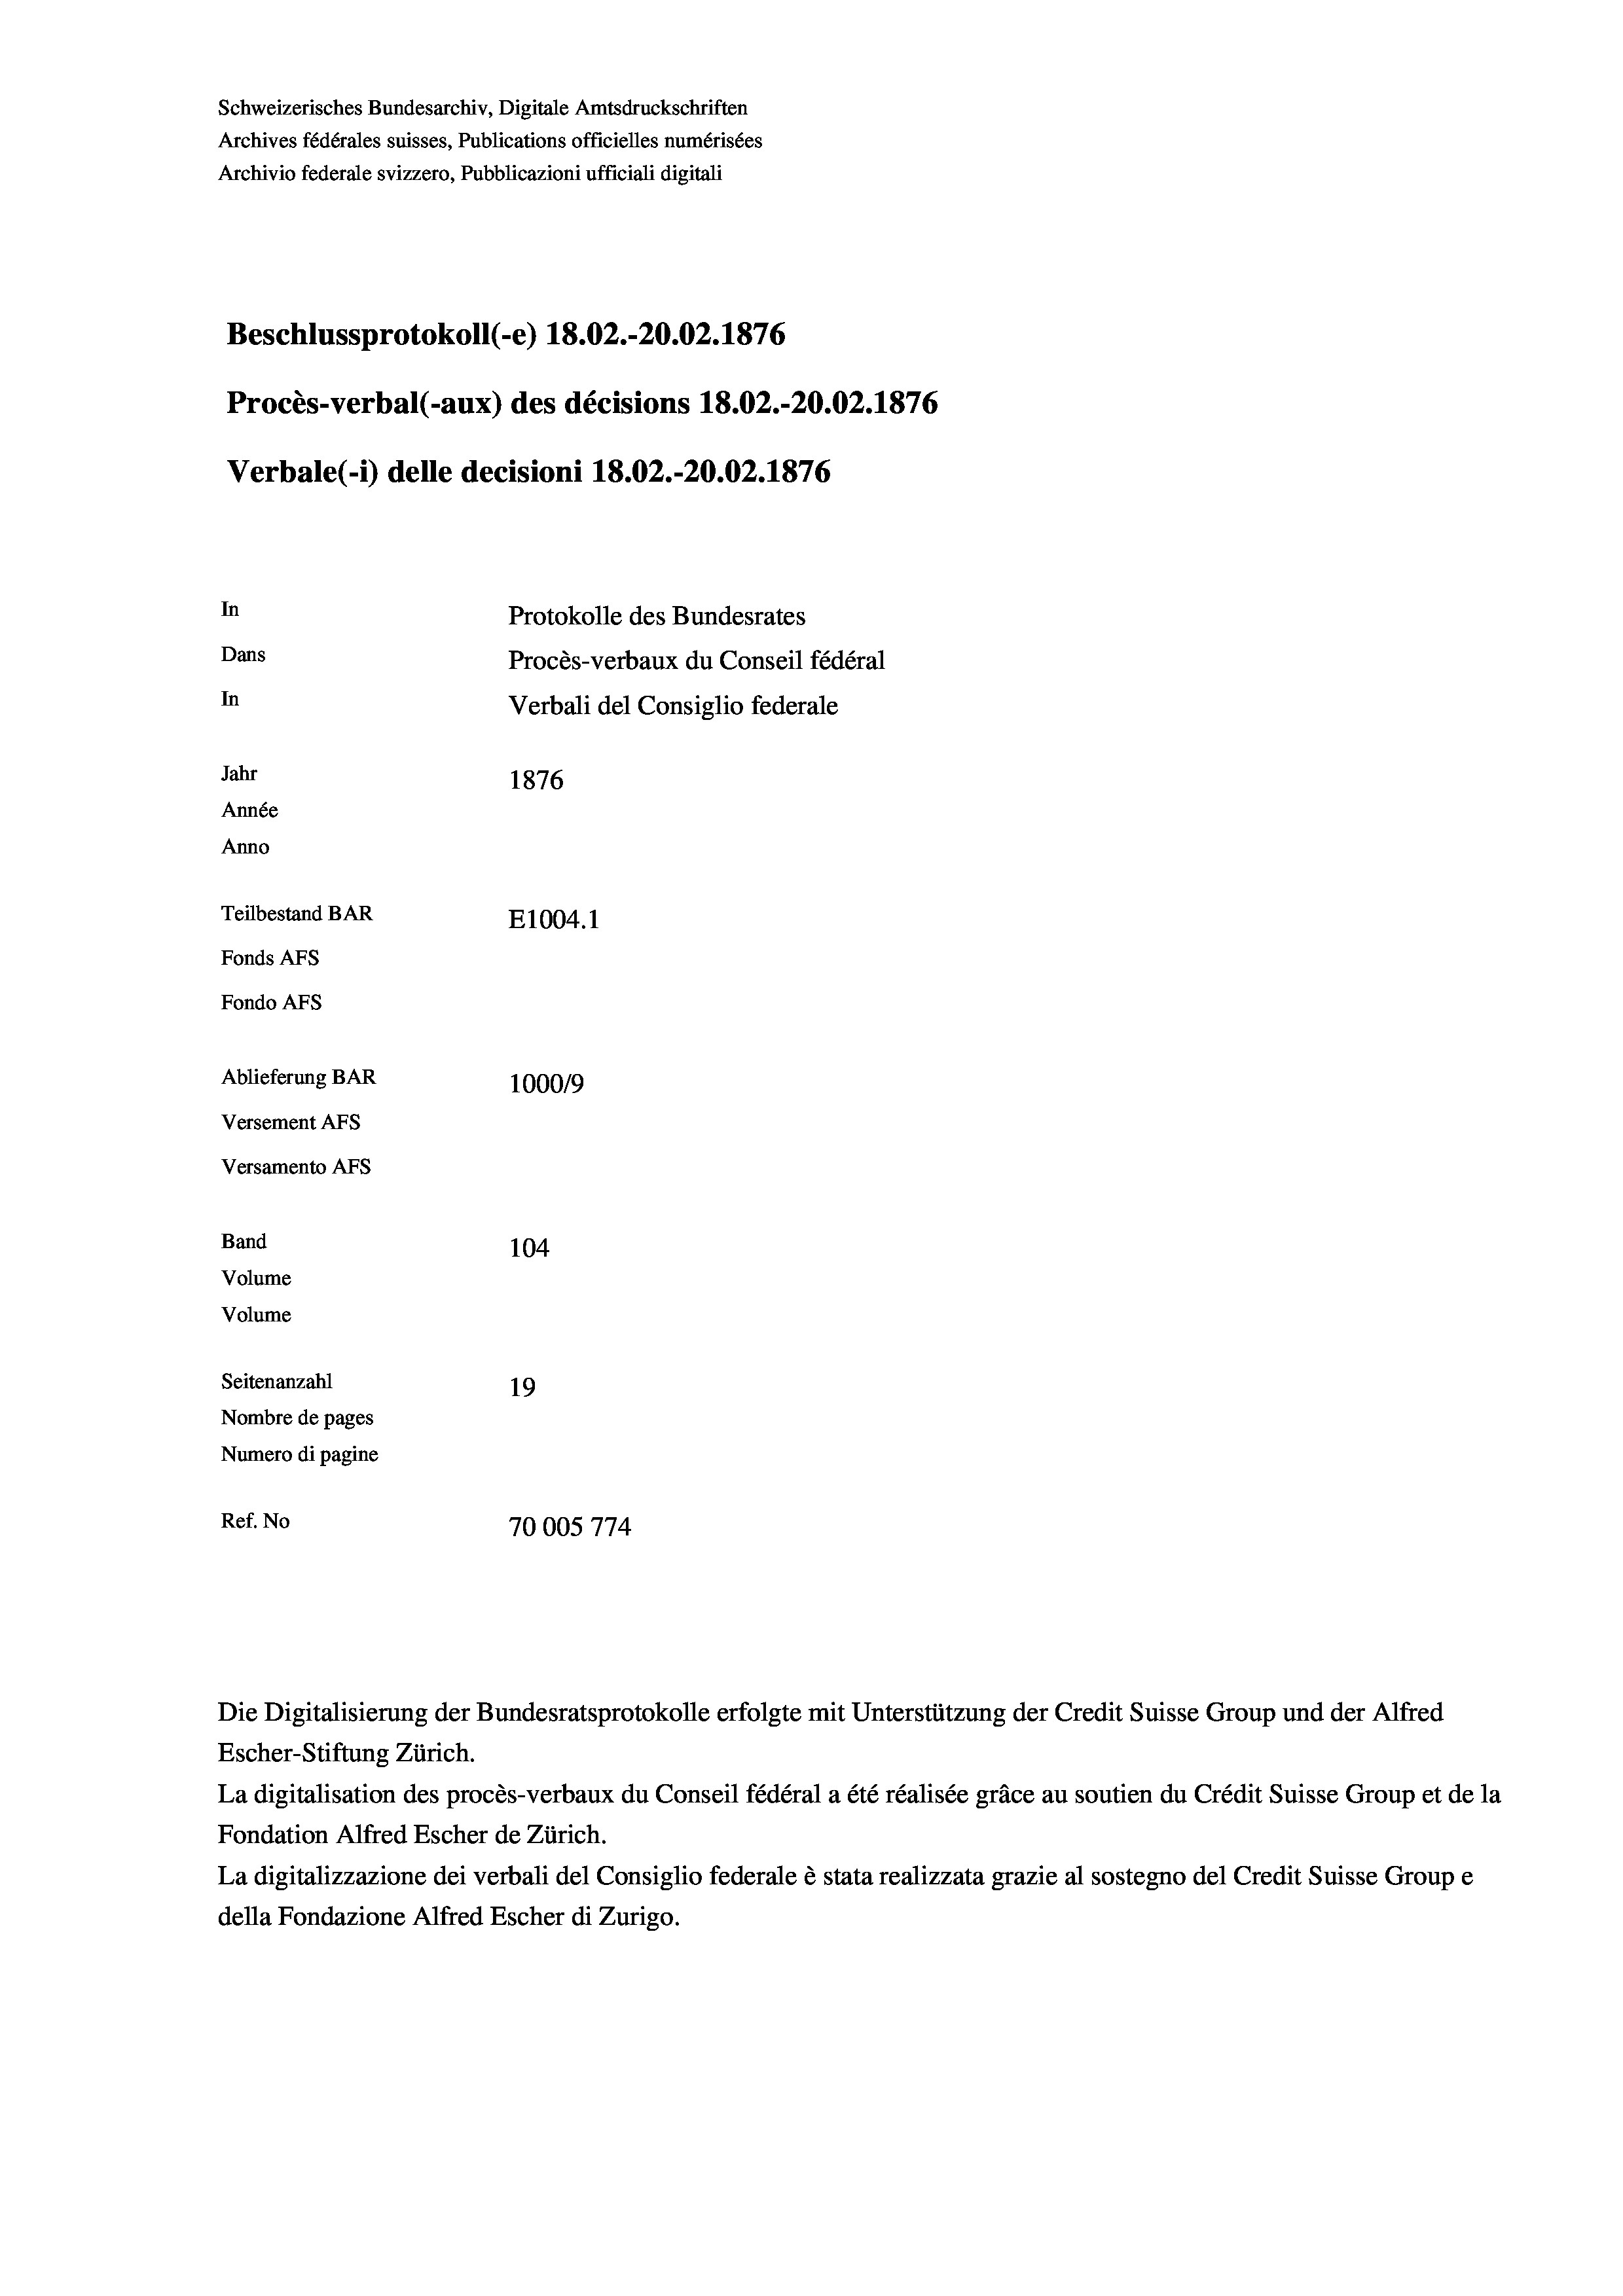
Schweizerisches Bundesarchiv, Digitale Amtsdruckschriften
Archives fédérales suisses, Publications officielles numérisées
Beschlussprotokoll (-e) 18.02.-20.02. 1876
Procès-verbal (-aux) des décisions 18.02.-20.02. 1876
In
Protokolle des Bundesrates
Dans
Procès-verbaux du Conseil fédéral
In
Verbali del Consiglio federale
Jahr
1876
Année
Anno
Teilbestand BAR
E1004.1
Fonds AFs
Fondo Afs
Ablieferung BAR
100019
Versement AFs

Versamento Afs
Band
Volume
Volume

Archivio federale svizzero, Pubblicazioni ufficiali digitali

Verbale (i) delle decisioni 18.02.-20.02. 1876

104
Seitenanzahl
19
Nombre de pages
Numero di pagine
Ref. No
70005 774

Escher-Stiftung Zürich.
La digitalisation des procès-verbaux du Conseil fédéral a été réalisée gräce au soutien du Crédit Suisse Group et de la
Fondation Alfred Escher de Zürich.
La digitalizzazione dei verbali del Consiglio federale è stata realizzata grazie al sostegno del Credit Suisse Groupe
della Fondazione Alfred Escher di Zurigo.

Die Digitalisierung der Bundesratsprotokolle erfolgte mit Unterstützung der Credit Suisse Group und der Alfred